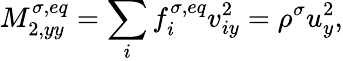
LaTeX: M_{2,yy}^{\sigma,eq}=\sum_{i}f_{i}^{\sigma,eq}v_{iy}^{2}=\rho^{\sigma}u_{y}^{2},